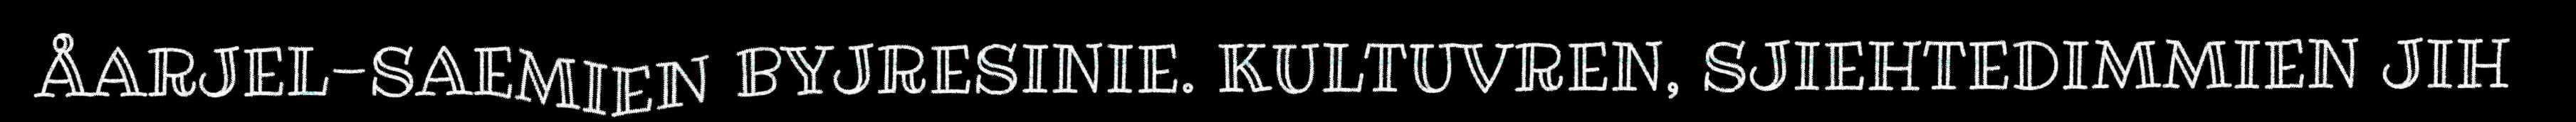
ÅARJEL-SAEMIEN BYJRESINIE. KULTUVREN, SJIEHTEDIMMIEN JIH